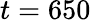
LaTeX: t=650